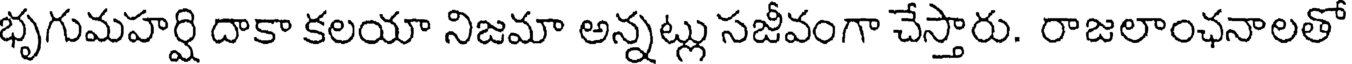
భృగుమహర్షి దాకా కలయా నిజమా అన్నట్లు సజీవంగా చేస్తారు. రాజలాంఛనాలతో